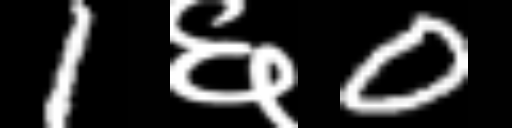
Text: 1६0